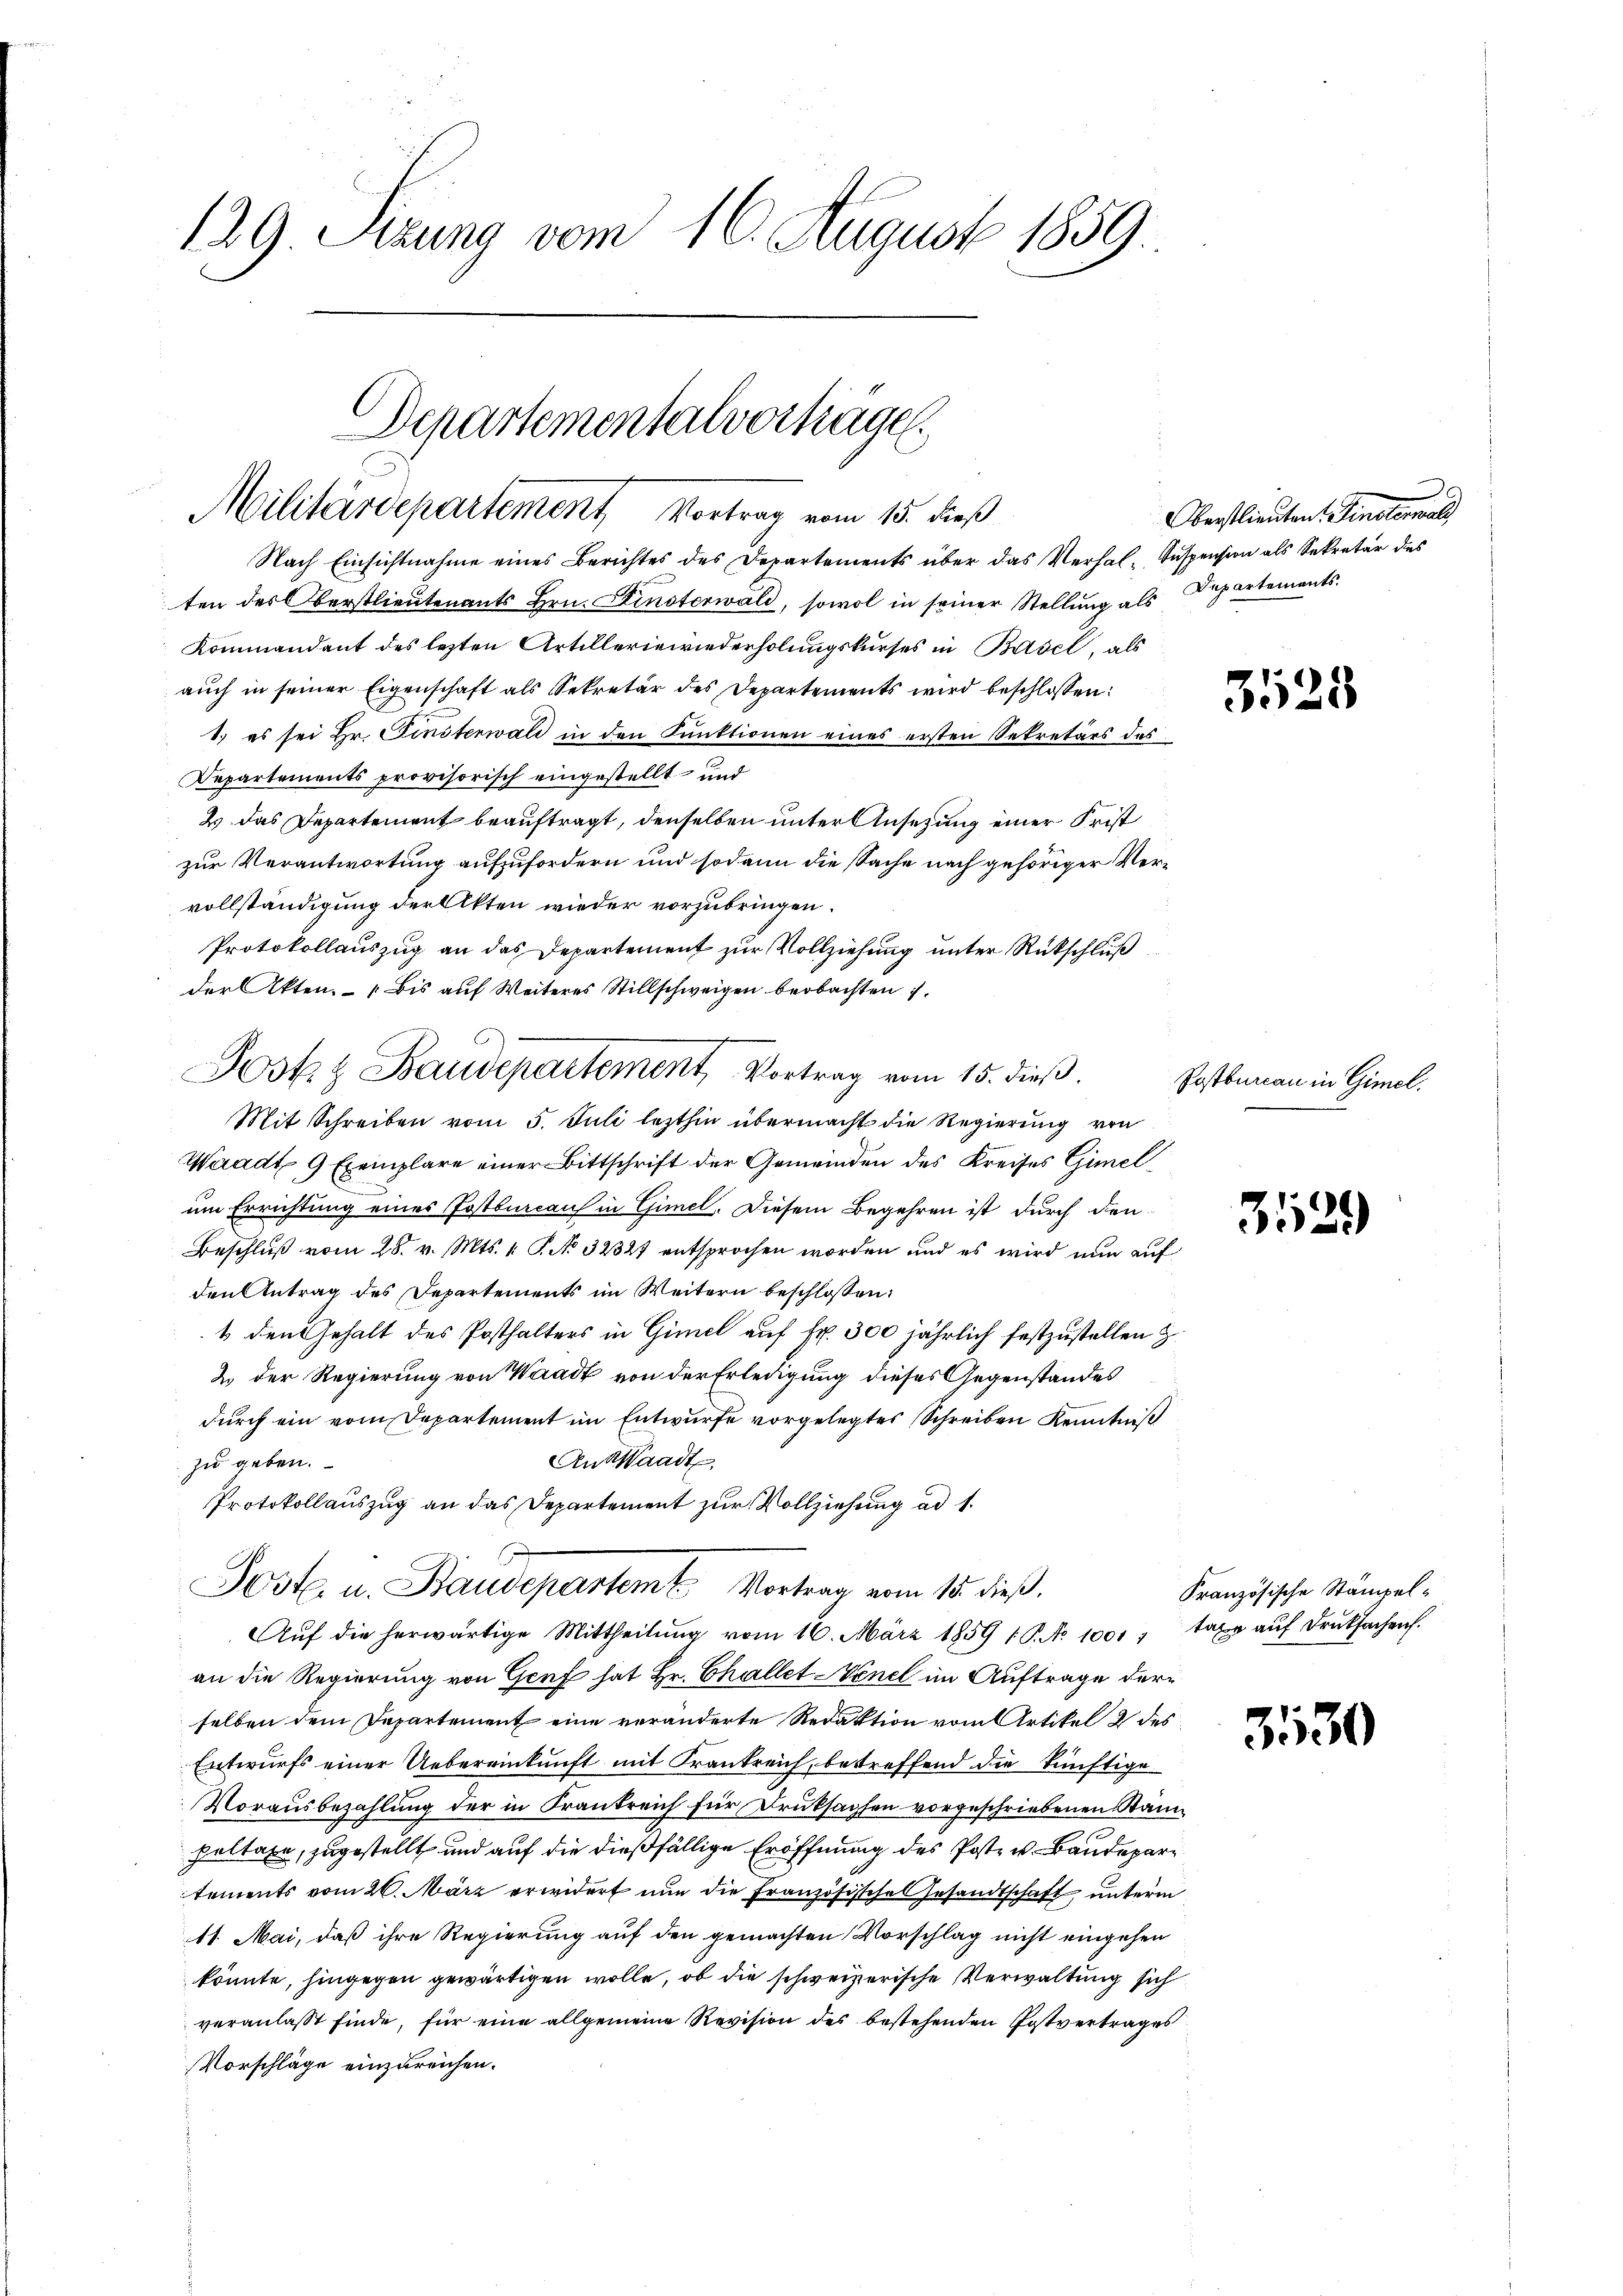
129 Sizung vom 16. August 1859.

Departementalverträge.
Militärdepartement Vortrag vom 15. dieß

Josts Baudepartement, Vortrag vom 15. dieß.

Nach Einsichtnahme eines Berichtes des Departements über das Verhal- Suspension als Sekretär des
ten des Oberstlieutenants Hrn. Dinsterwald, sowol in seiner Stellung als Departements¬
Kommandant des lezten Artilleriewiederholungskurses in Basel, als
auch in seiner Eigenschaft als Sekretär des Departements wird beschlossen:
1.) es sei Hr. Finsterwald in den Funktionen eines ersten Sekretärs des
Departements provisorisch eingestellt und
2 das Departement beauftragt, denselben unter Ansezung einer Frist
zur Verantwortung aufzufordern und sodann die Sache nach gehöriger Vervollständigung der Akten wieder vorzubringen.
Protokollauszug an das Departement zur Vollziehung unter Rückschluß
der Akten. - bis auf Weiteres Stillschweigen beobachten
Mit Schreiben vom 5. Juli lezthin übermacht die Regierung von
Waadt 9 Exemplare einer Bittschrift der Gemeinden des Kreises Gimelum Errichtung eines Postburcans in Gimel. Diesem Begehren ist durch den
Beschluß vom 28. v. Mts. 1. P. No. 32327 entsprochen worden und es wird nun auf
den Antrag des Departements im Weitern beschlossen:
1 den Gehalt des Posthalters in Gimel auf Fr. 300 jährlich festzustellen z.
2 der Regierung von Waadt von der Erledigung dieses Gegenstandes
durch ein vom Departement im Entwurfe vorgelegtes Schreiben Kenntniß
An Waadt
zu geben.
Protokollauszug an das Departement zur Vollziehung ad 1.
Poste. u. Baudepartemt Vortrag vom 15. dieß.
Aŭf die herwärtige Mittheilŭng vom 16. März 1859 / P. No 1001. taxe aŭf Druksachen.
an die Regierung von Genf hat Hr. Challet enel im Auftrage derselben dem Departement eine veränderte Redaktion vom Artikel 2 des
Entwurfs einer Uebereinkunft mit Frankreich, betreffend die künftige
Vorausbezahlung der in Frankreich für Druksachen vorgeschriebenen Stan
Paltaxe, zugestellt und auf die dießfällige Eröffnung des Poste u. Baudepar
tements vom 26. März erwidert nun die Französische Gesandtschaft unterm
11. Mai, daß ihre Regierung auf den gemachten Vorschlag nicht eingehen
könnte, hingegen gewärtigen wolle, ob die schweizerische Verwaltung sich
veranlaßt finde, für eine allgemeine Revision des bestehenden Postvertrages
Vorschläge einzureichen.

.
Oberstlieuten Finsterwald

3525

Postbureau in Gimel.

3529)

Französische Stämpel-

3530